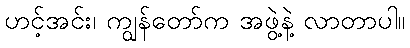
ဟင့်အင်း၊ ကျွန်တော်က အဖွဲ့နဲ့ လာတာပါ။